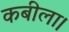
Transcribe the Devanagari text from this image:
कबीला।